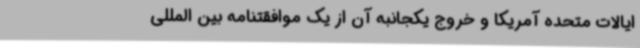
ایالات متحده آمریکا و خروج یکجانبه آن از یک موافقتنامه بین المللی